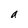
Character: a